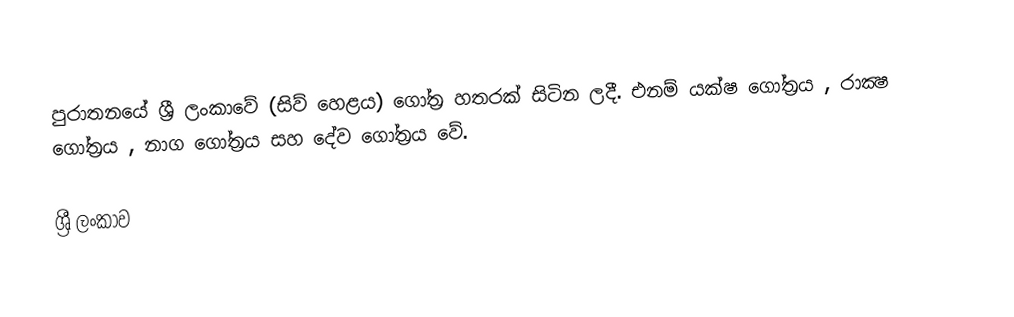
පුරාතනයේ ශ්‍රී ලංකාවේ (සිව් හෙළය) ගෝත්‍ර හතරක් සිටින ලදී.  එනම් යක්ෂ ගෝත්‍රය , රාක්‍ෂ ගෝත්‍රය , නාග ගෝත්‍රය සහ දේව ගෝත්‍රය වේ.

ශ්‍රී ලංකාව